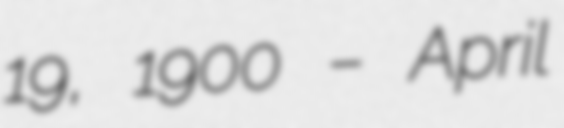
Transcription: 19, 1900 – April